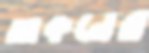
আকনের